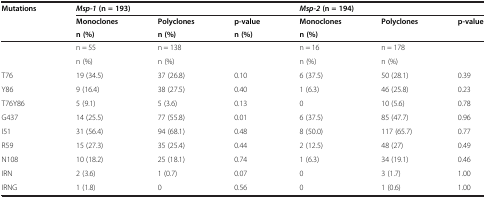
| Mutations | <COLSPAN=3> Msp-1 (n = 193) | <COLSPAN=3> Msp-2 (n = 194) |
 |  | Monoclones | Polyclones | p-value | Monoclones | Polyclones | p-value |
 |  | n (%) | n (%) |  | n (%) | n (%) |  |
 | --- | --- | --- | --- | --- | --- | --- |
 | <ROWSPAN=2>  | n = 55 | n = 138 | <ROWSPAN=2>  | n = 16 | n = 178 | <ROWSPAN=2>  |
 | n (%) | n (%) | n (%) | n (%) |
 | T76 | 19 (34.5) | 37 (26.8) | 0.10 | 6 (37.5) | 50 (28.1) | 0.39 |
 | Y86 | 9 (16.4) | 38 (27.5) | 0.40 | 1 (6.3) | 46 (25.8) | 0.23 |
 | T76Y86 | 5 (9.1) | 5 (3.6) | 0.13 | 0 | 10 (5.6) | 0.78 |
 | G437 | 14 (25.5) | 77 (55.8) | 0.01 | 6 (37.5) | 85 (47.7) | 0.96 |
 | I51 | 31 (56.4) | 94 (68.1) | 0.48 | 8 (50.0) | 117 (65.7) | 0.77 |
 | R59 | 15 (27.3) | 35 (25.4) | 0.44 | 2 (12.5) | 48 (27) | 0.49 |
 | N108 | 10 (18.2) | 25 (18.1) | 0.74 | 1 (6.3) | 34 (19.1) | 0.46 |
 | IRN | 2 (3.6) | 1 (0.7) | 0.07 | 0 | 3 (1.7) | 1.00 |
 | IRNG | 1 (1.8) | 0 | 0.56 | 0 | 1 (0.6) | 1.00 |